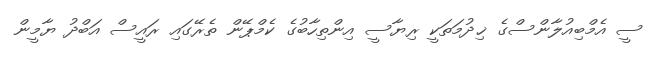
ސީ އެމްބިއުލާންސްގެ ޚިދުމަތަކީ ރިޔާސީ އިންތިހާބުގެ ކެމްޕޭން ތެރޭގައި ރައީސް އަބްދު ޔާމީން